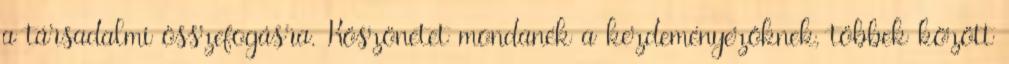
a társadalmi összefogásra. Köszönetet mondanék a kezdeményezőknek, többek között